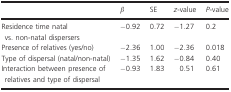
<table><thead><tr><td></td><td><b><i>β</i></b></td><td><b>SE</b></td><td><b><i>z</i>‐value</b></td><td><b><i>P</i>‐value</b></td></tr></thead><tbody><tr><td>Residence time natal vs. non‐natal dispersers</td><td>−0.92</td><td>0.72</td><td>−1.27</td><td>0.2 </td></tr><tr><td>Presence of relatives (yes/no)</td><td>−2.36</td><td>1.00</td><td>−2.36</td><td>0.018</td></tr><tr><td>Type of dispersal (natal/non‐natal)</td><td>−1.35</td><td>1.62</td><td>−0.84</td><td>0.40</td></tr><tr><td>Interaction between presence of relatives and type of dispersal</td><td>−0.93</td><td>1.83</td><td>0.51</td><td>0.61</td></tr></tbody></table>